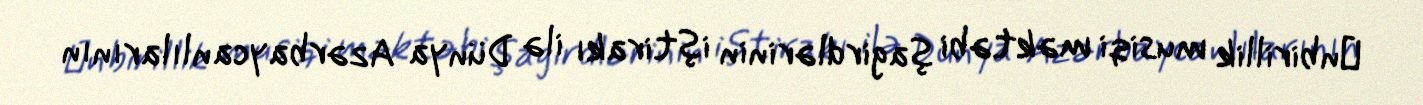
оnbirillik musiqi məktəbi şagirdlərinin iştirakı ilə Dünya Azərbaycanlılarının